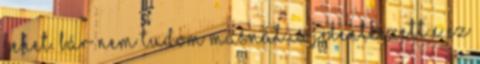
lehet. Bár nem tudom másnál is jelentkezett e ez